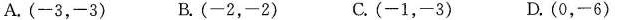
A.(-3，-3) B.(-2，-2) C.(-1，-3) D.(0，-6)